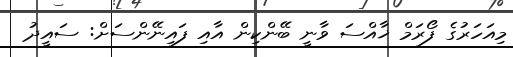
މިއަހަރުގެ ފޯރަމް ޚާއްސަ ވާނީ ބޭންކިން އާއި ފައިނޭންސަށް: ސައީދު